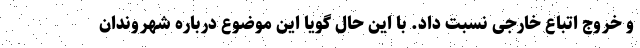
و خروج اتباع خارجی نسبت داد. با این حال گویا این موضوع درباره شهروندان